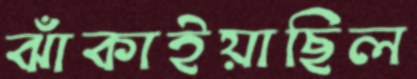
ঝাঁকাইয়াছিল